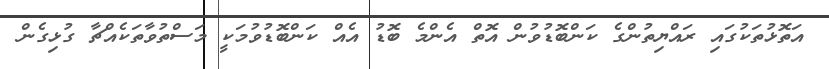
އަތޮޅުތަކުގައި ރައްޔިތުންގެ ކަންބޮޑުވުން އޮތް އެންމެ ބޮޑު އެއް ކަންބޮޑުވުމަކީ މަސްތުވާތަކެއްޗާ ގުޅިގެން